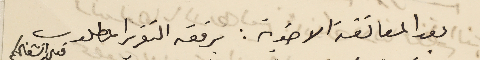
بعد المعانقة الاخوية: برفقه التقرير المطلوب